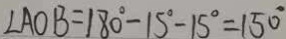
\angle A O B = 1 8 0 ^ { \circ } - 1 5 ^ { \circ } - 1 5 ^ { \circ } = 1 5 0 ^ { \circ }